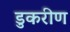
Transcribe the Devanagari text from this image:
डुकरीण